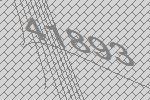
41893